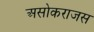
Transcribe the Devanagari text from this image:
असोकराजस